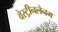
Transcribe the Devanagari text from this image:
वेस्ट्रीनलेनम